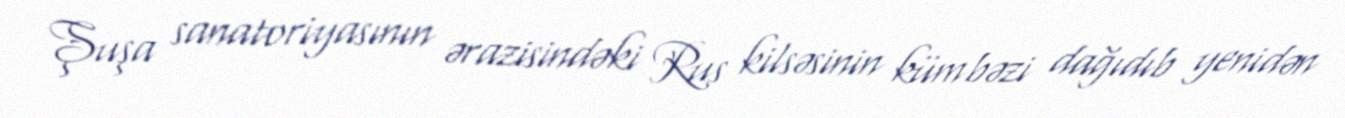
Şuşa sanatoriyasının ərazisindəki Rus kilsəsinin kümbəzi dağıdıb yenidən